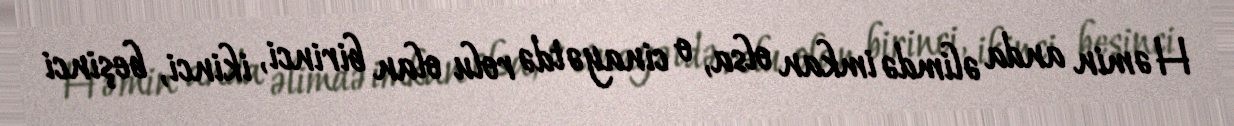
Həmin anda əlimdə imkan olsa, o cinayətdə rolu olan birinci, ikinci, beşinci